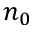
n _ { 0 }